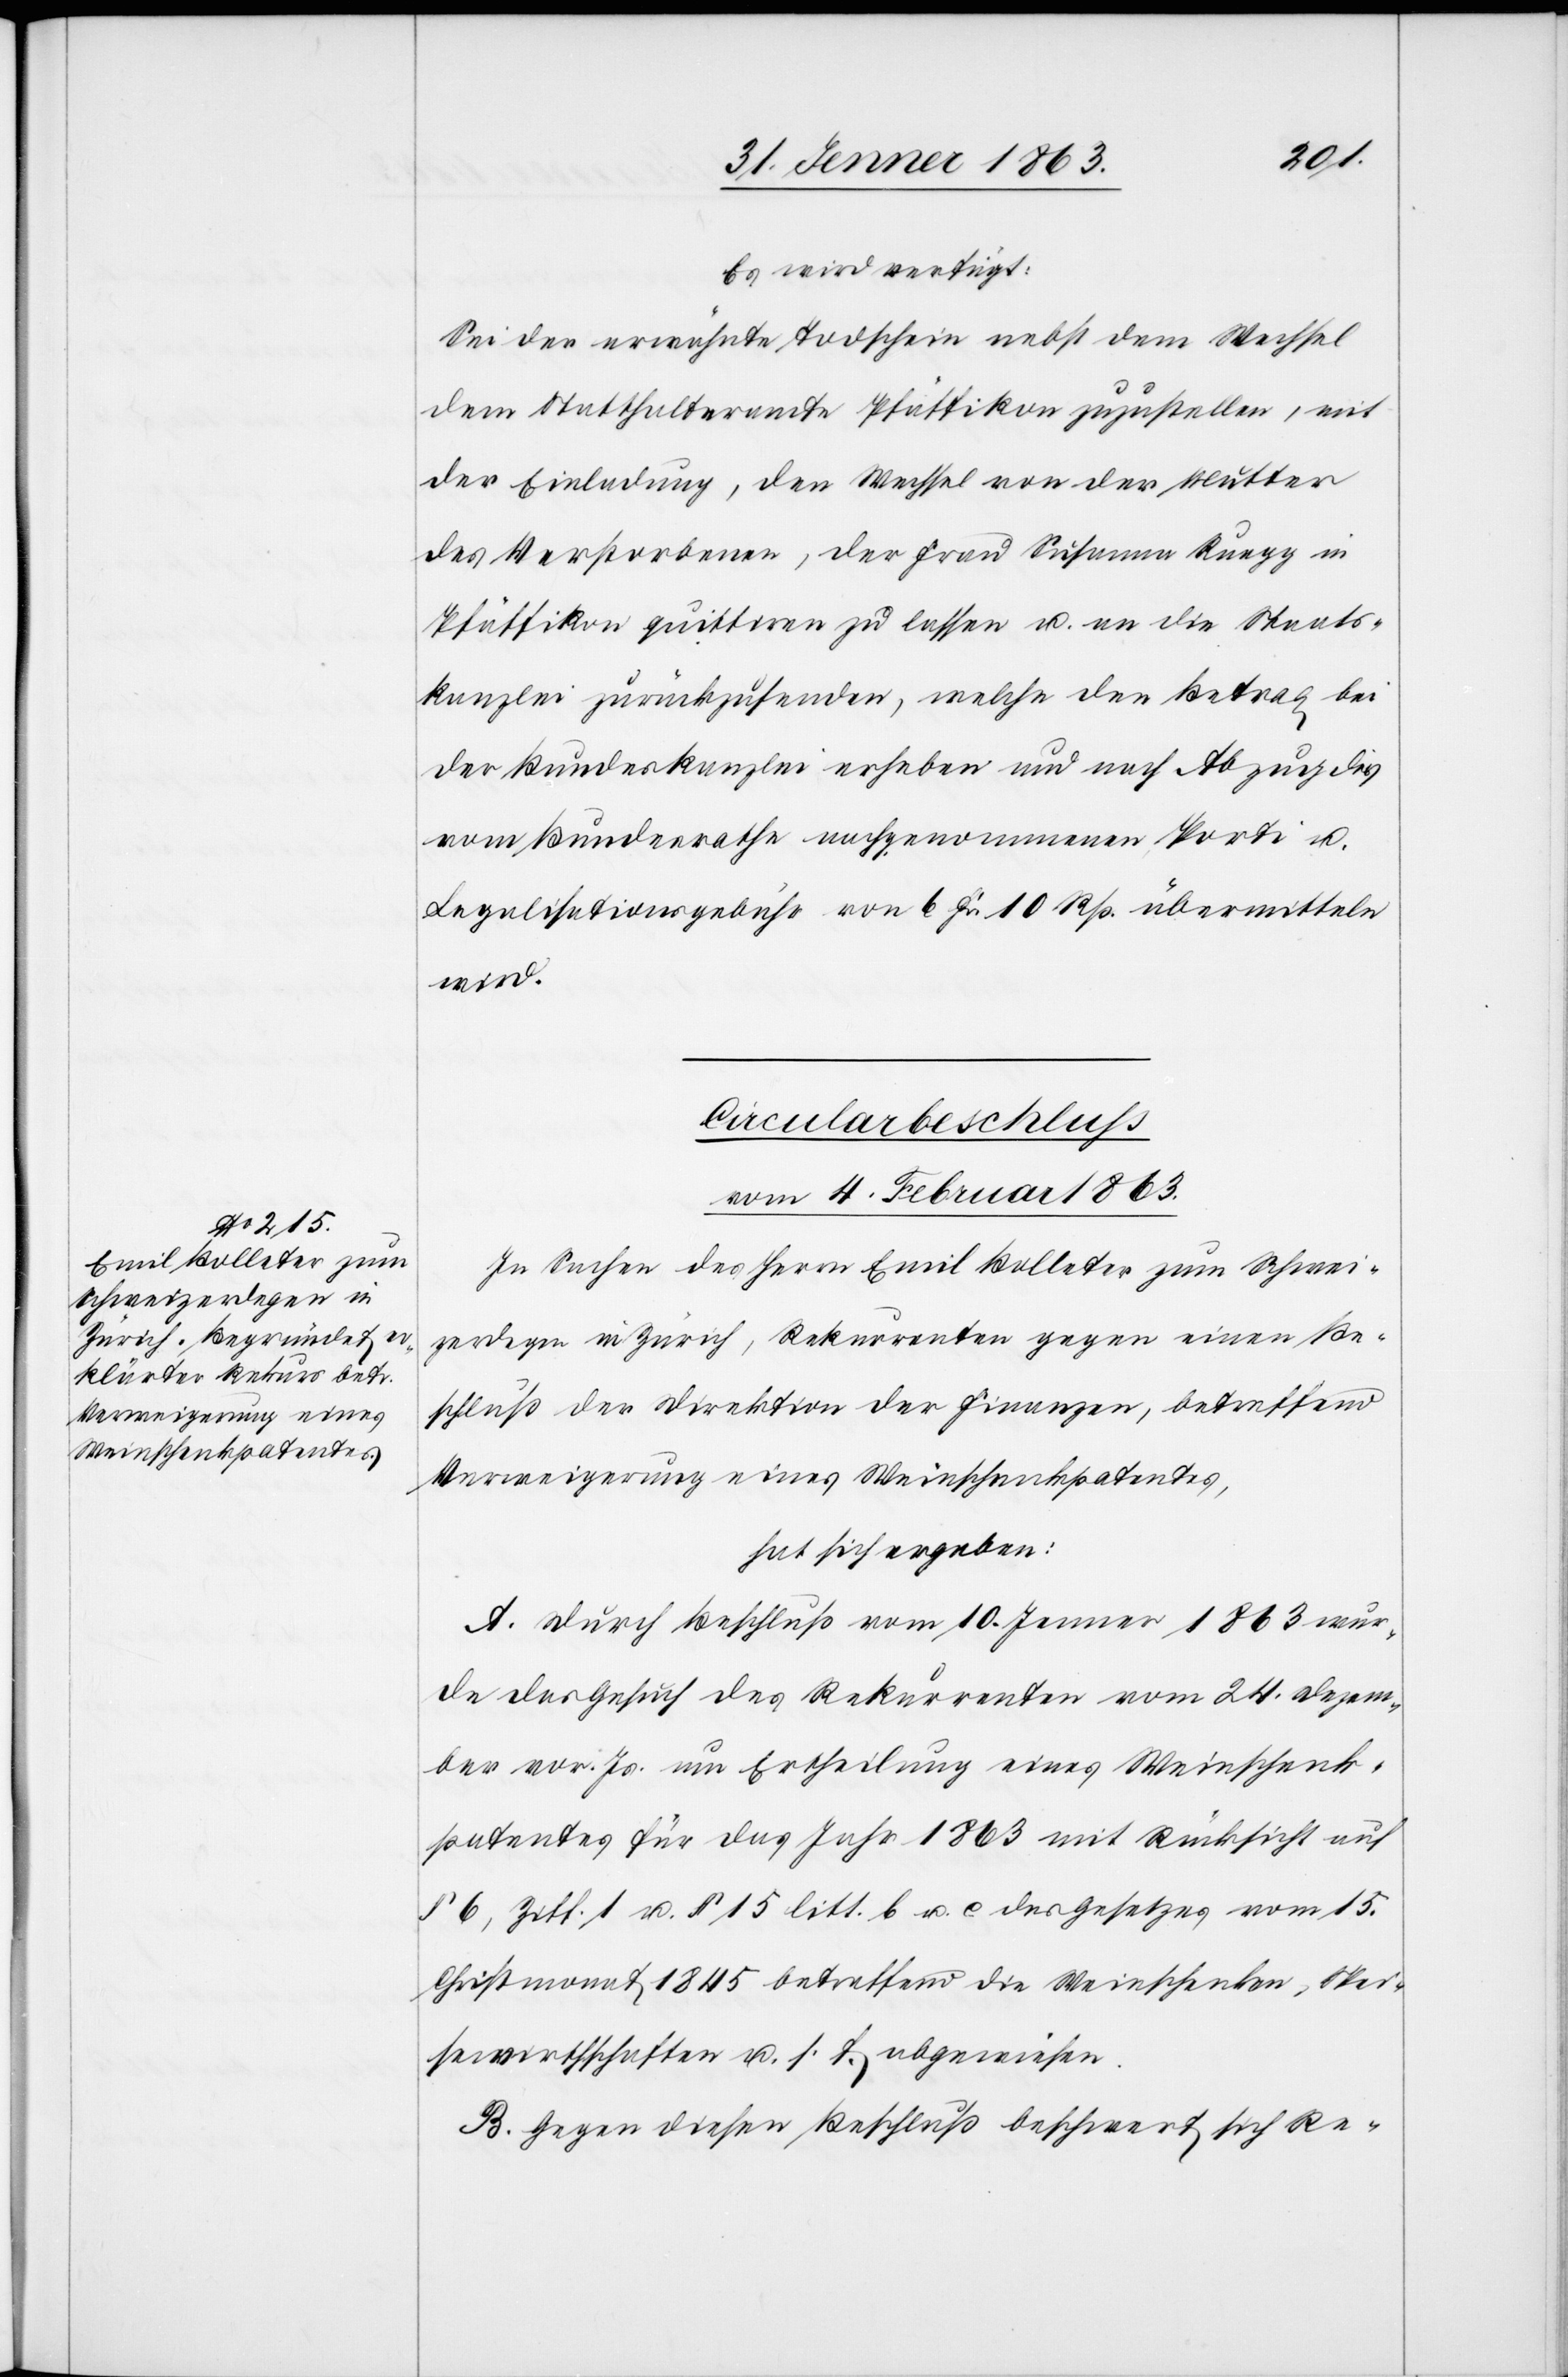
Es wird verfügt:
Sei der erwähnte Todschein nebst dem Wechsel
dem Statthalteramte Pfäffikon zuzustellen, mit
der Einladung, den Wechsel von der Mutter
des Verstorbenen, der Frau Susanna Ruegg in
Pfäffikon quittiren zu lassen u. an die Staats¬
kanzlei zurückzusenden, welche den Betrag bei
der Bundeskanzlei erheben und nach Abzug des
vom Bundesrathe nachgenommenen Porti u.
Legalisationsgebühr von 6 Fr. 10 Rp. übermitteln
wird.
Circularbeschluß
vom 4. Februar 1863.
In Sachen des Herrn Emil Bolleter zum Schwei¬
zerdegen in Zürich, Rekurrenten gegen einen Be¬
schluß der Direktion der Finanzen, betreffend
Verweigerung eines Weinschenkpatentes,
hat sich ergeben:
A. Durch Beschluß vom 10. Jenner 1863 wur¬
de das Gesuch des Rekurrenten vom 24. Dezem¬
ber vor. Js. um Ertheilung eines Weinschenk¬
patentes für das Jahr 1863 mit Rücksicht auf
§ 6, Ziff. 1 u. § 15 litt. b u. c des Gesetzes vom 15.
Christmonat 1845 betreffend die Weinschenken, Spei¬
sewirthschaften u. s. f. abgewiesen.
B. Gegen diesen Beschluß beschwert sich Re-